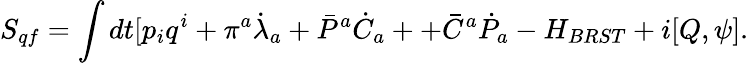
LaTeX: S_{qf}=\int dt[p_{i}q^{i}+\pi^{a}\dot{\lambda}_{a}+\bar{P}^{a}\dot{C}_{a}++\bar{C}^{a}\dot{P}_{a}-H_{BRST}+i[Q,\psi].